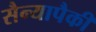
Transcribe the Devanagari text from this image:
सैन्यापैकी